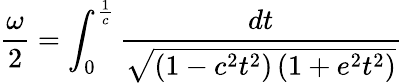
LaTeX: {\frac{\omega}{2}}=\int_{0}^{\frac{1}{c}}{\frac{dt}{\sqrt{\left(1-c^{2}t^{2}\right)\left(1+e^{2}t^{2}\right)}}}